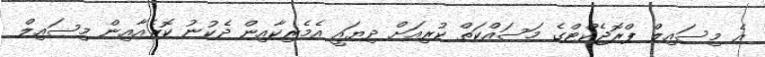
އެ މިސައިލް ޕްރޮޖެކްޓްގެ މަސައްކަތް ކުރިއަށް ދިޔައީ އެމެރިކާއިން ދެކުނު ކޮރެއާއިން މިސައިލް